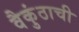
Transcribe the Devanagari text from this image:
वैकुंठाची